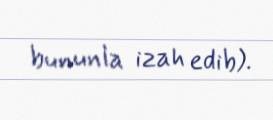
bununla izah edib).